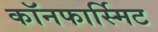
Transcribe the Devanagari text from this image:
कॉनफार्स्मिट